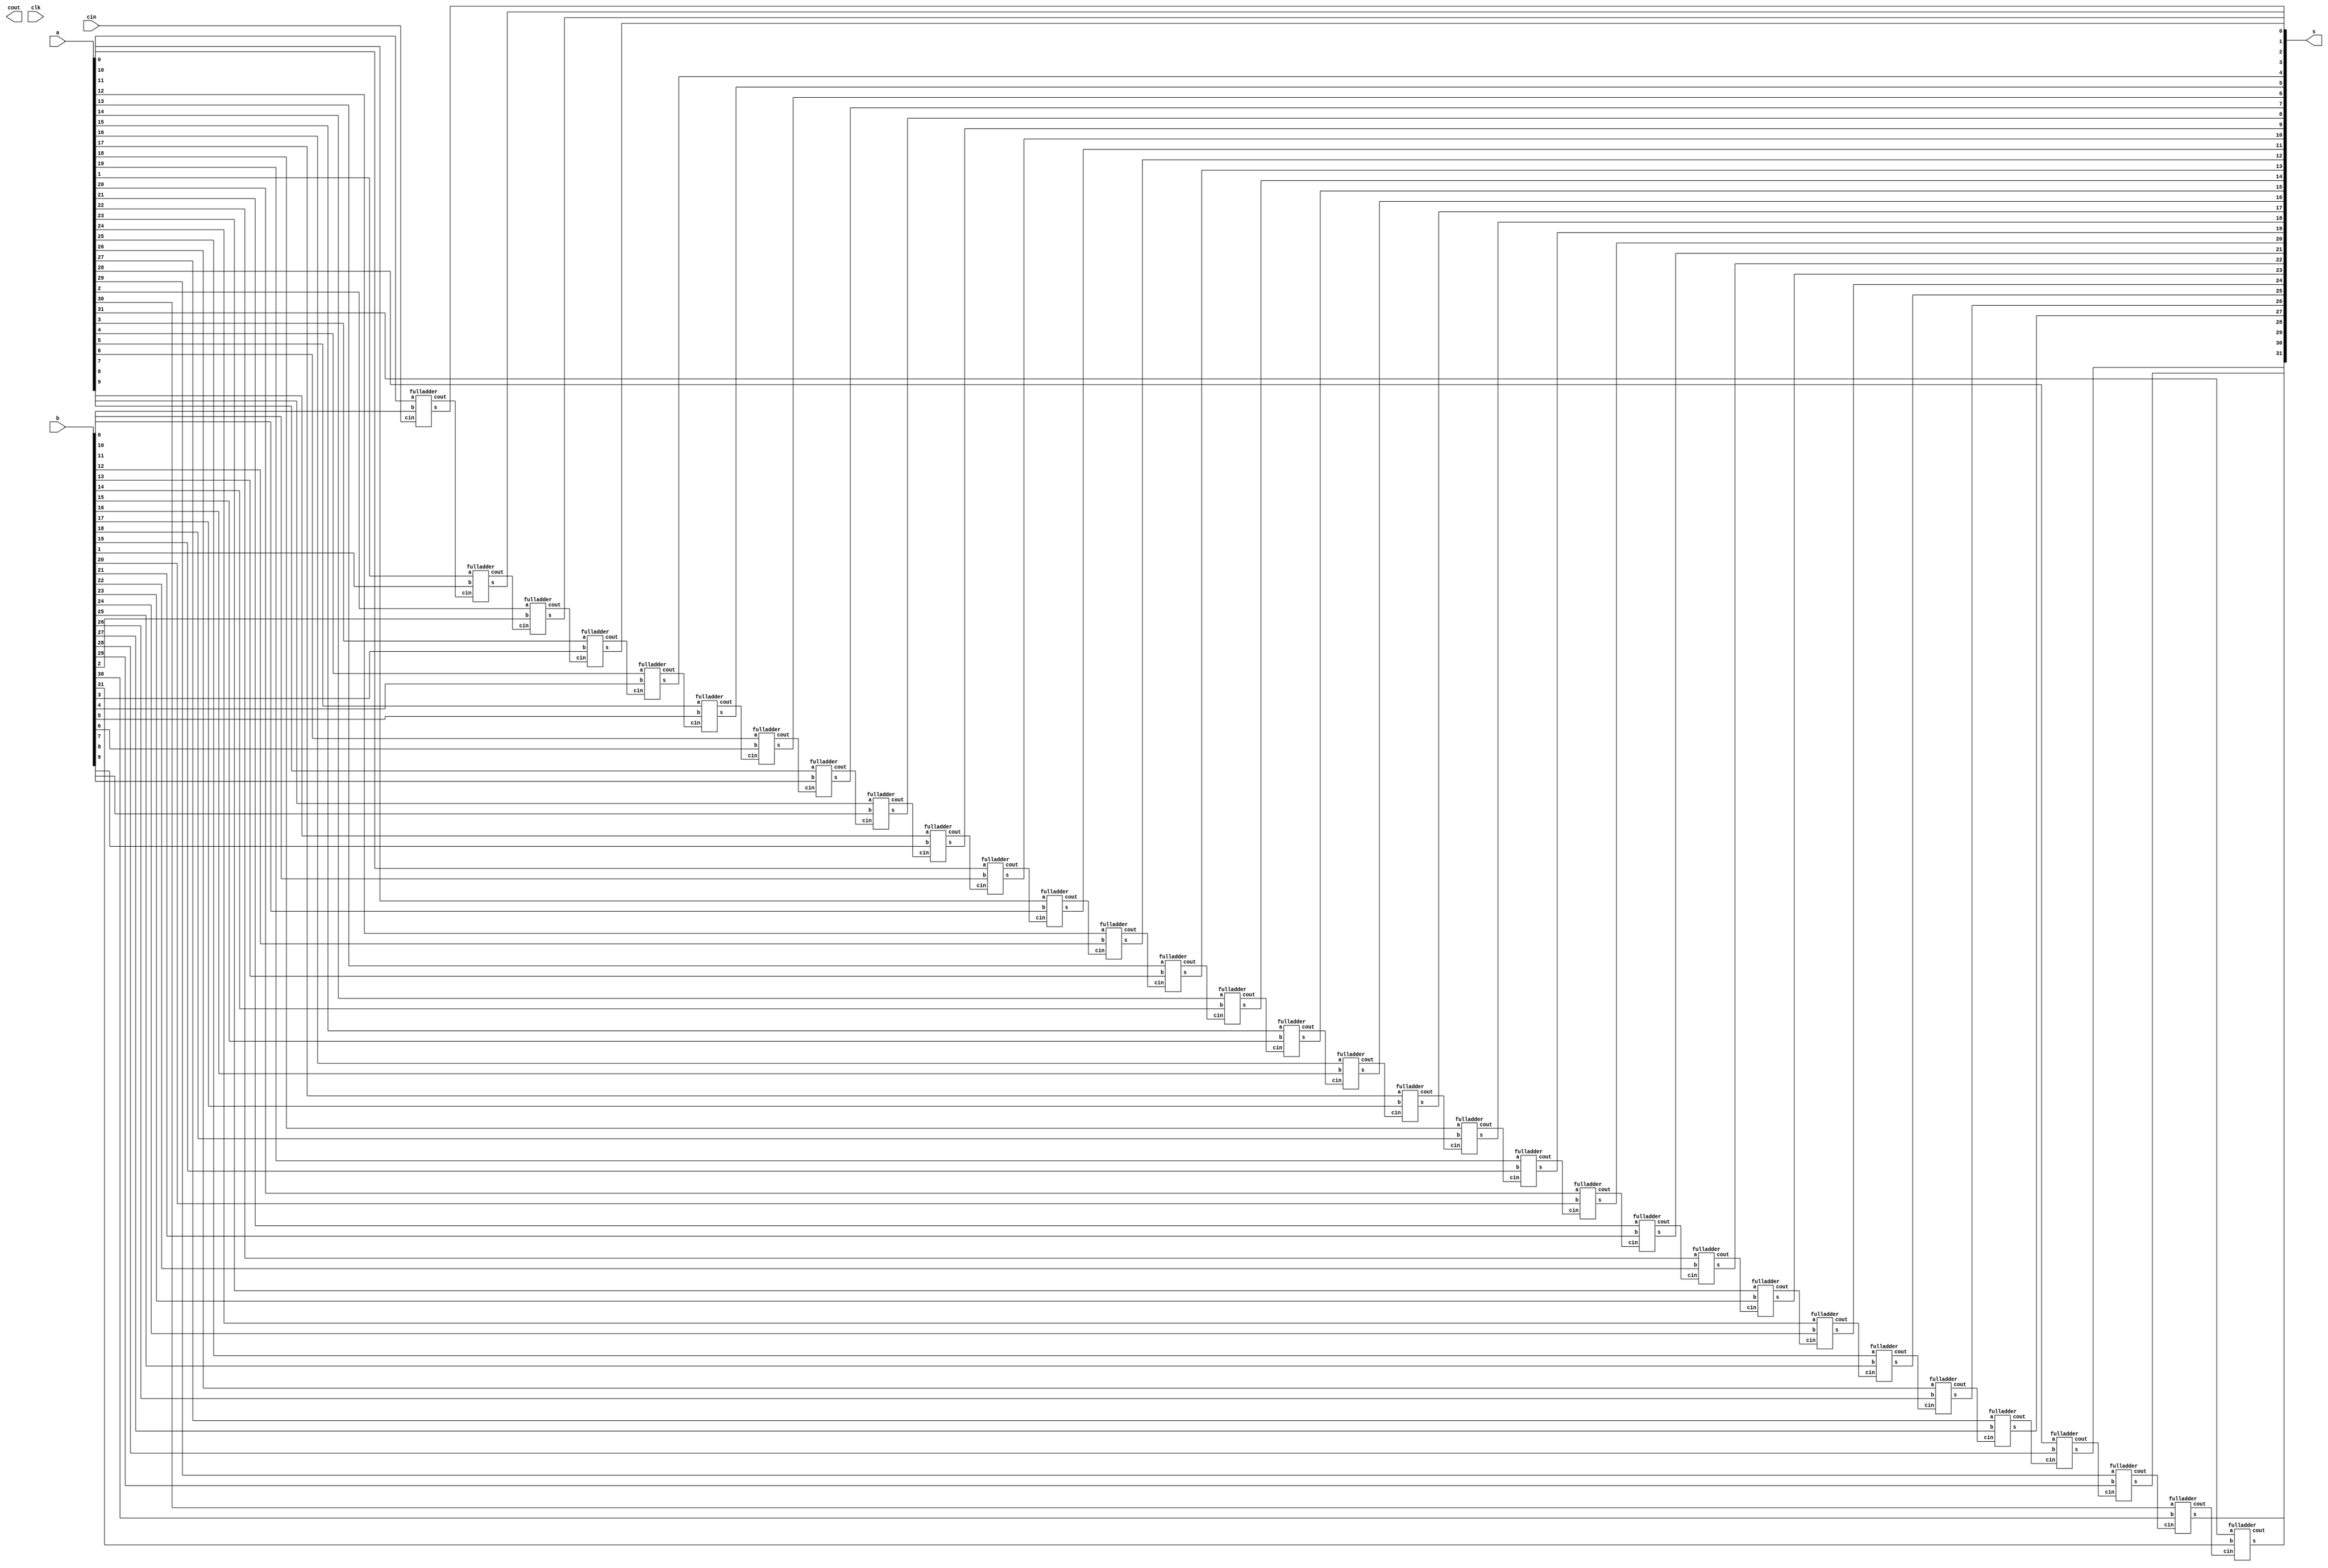
`ifndef _RCA_
`define _RCA_


/*
//----------------------Quartus Version----------------------------
module rippleCarryAdder #(parameter bitsizeRCA = 32)
   (input [bitsizeRCA-1:0] a, 
	input [bitsizeRCA-1:0] b, 
	output reg [bitsizeRCA-1:0] s, 
	input cin, 
	output reg cout, 
	input clk);

	reg [bitsizeRCA-1:0] a_reg;
	reg [bitsizeRCA-1:0] b_reg;
	wire [bitsizeRCA-1:0] s_reg;
	reg cin_reg;
	reg cout_reg;

	initial begin
		//$display("This is where all the regs are initialized to zero %0d", $time); //for debugging
		a_reg <= 0;
		b_reg <= 0;
		cin_reg <= 0;
	end

	always @(posedge clk)
		begin
			//$display("This is where all the regs are given its values %0d", $time); //for debugging
			a_reg <= a;
			b_reg <= b;
			s <= s_reg;
			cin_reg <= cin;
			cout <= cout_reg;
		end
	
	wire [bitsizeRCA:0] carry;
	assign carry[0] = cin_reg;
	
	genvar i;
	

	generate
		for (i = 0; i < bitsizeRCA; i = i + 1) begin : RCA
			fulladder fa(a_reg[i],b_reg[i],s_reg[i],carry[i],carry[i+1]);
		end
	endgenerate 

	always@(*)
		begin
		//$display("this is where cout is assigned %0d", $time); for debugging
		cout_reg = carry[bitsizeRCA];
		end
endmodule

//-------------------full adder 1bit--------------------
module fulladder(input a, input b, output s, input cin, output cout);
	assign s = a^b^cin;
	assign cout = ((a^b)&cin) | (a&b);
endmodule
*/
//------------------------------------------------------------------------------------
//--------------------------Testbench Version----------------------------------------

module rippleCarryAdder #(parameter bitsizeRCA = 32)
   (input [bitsizeRCA-1:0] a, 
	input [bitsizeRCA-1:0] b, 
	output [bitsizeRCA-1:0] s, 
	input cin, 
	output cout, 
	input clk);

	wire [bitsizeRCA:0] carry;
	assign carry[0] = cin;
	
	genvar i;
	

	generate
		for (i = 0; i < bitsizeRCA; i = i + 1) begin : RCA
			fulladder fa(a[i],b[i],s[i],carry[i],carry[i+1]);
		end
	endgenerate 

	assign cout_reg = carry[bitsizeRCA];

endmodule

//-------------------full adder 1bit--------------------
module fulladder(input a, input b, output s, input cin, output cout);
	assign s = a^b^cin;
	assign cout = ((a^b)&cin) | (a&b);
endmodule



`endif